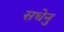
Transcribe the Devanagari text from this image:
सधेनु